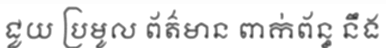
ជួយ ប្រមូល ព័ត៌មាន ពាក់ព័ន្ធ នឹង